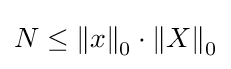
N\leq \left\|x\right\|_{0}\cdot \left\|X\right\|_{0}